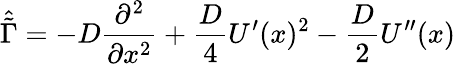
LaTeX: \hat{\tilde{\Gamma}}=-D\frac{\partial^{2}}{\partial x^{2}}+\frac{D}{4}U^{\prime}(x)^{2}-\frac{D}{2}U^{\prime\prime}(x)